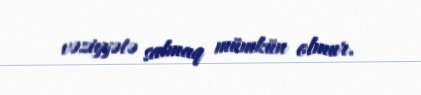
vəziyyətə salmaq mümkün olmur.